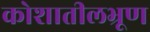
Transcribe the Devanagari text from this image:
कोशातीलभ्रूण